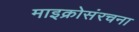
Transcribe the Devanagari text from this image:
माइक्रोसंरचना